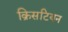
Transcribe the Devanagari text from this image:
क्रिसटियन